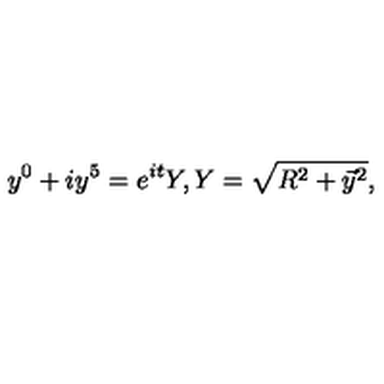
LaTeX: y ^ { 0 } + i y ^ { 5 } = e ^ { i t } Y , Y = \sqrt { R ^ { 2 } + \vec { y } { } ^ { 2 } } ,